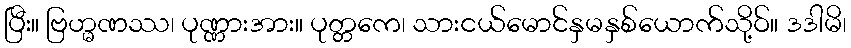
ပြီး။ ဗြဟ္မဏဿ၊ ပုဏ္ဏားအား။ ပုတ္တကေ၊ သားငယ်မောင်နှမနှစ်ယောက်သို့ဝ်။ ဒဒါမိ၊